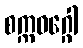
စက္ကဝဂ္ဂေါ